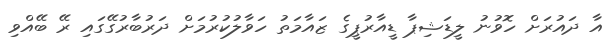
އާ ދައުރަށް ހޮވުނު ލީޑަޝިޕާ ޑީއާރުޕީގެ ޒައާމަތު ހަވާލުކުރުމަށް ދަރުބާރުގޭގައި ރޭ ބޭއްވި